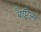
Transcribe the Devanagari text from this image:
बैप्टिज्म